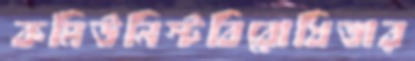
কমিউনিস্টবিরোধিতার